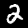
Digit: 2